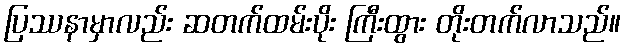
ပြဿနာမှာလည်း ဆတက်ထမ်းပိုး ကြီးထွား တိုးတက်လာသည်။